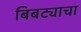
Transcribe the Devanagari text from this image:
बिबट्याचा